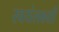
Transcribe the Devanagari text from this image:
स्वयंलक्ष्यी